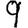
Digit: 9